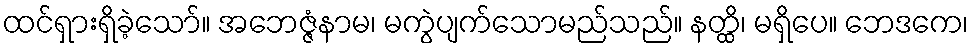
ထင်ရှားရှိခဲ့သော်။ အဘေဇ္ဇံနာမ၊ မကွဲပျက်သောမည်သည်။ နတ္ထိ၊ မရှိပေ။ ဘေဒကေ၊